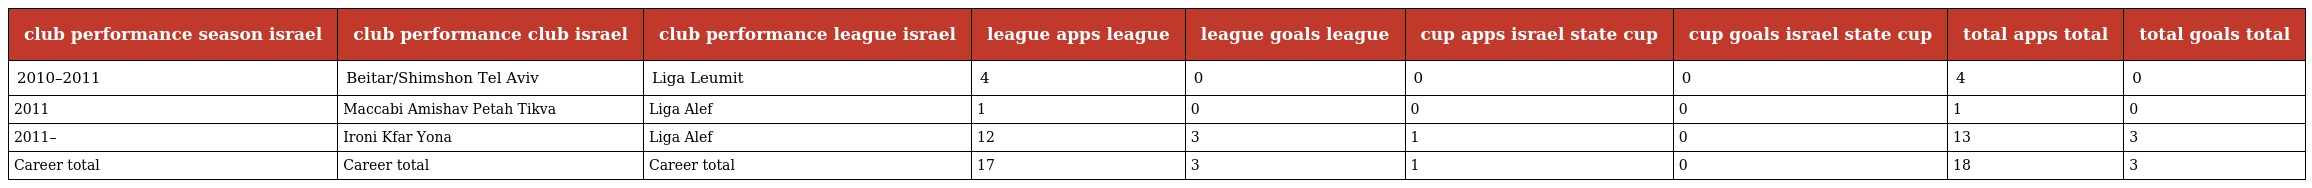
| club performance season israel | club performance club israel | club performance league israel | league apps league | league goals league | cup apps israel state cup | cup goals israel state cup | total apps total | total goals total |
 | --- | --- | --- | --- | --- | --- | --- | --- | --- |
 | 2010–2011 | Beitar/Shimshon Tel Aviv | Liga Leumit | 4 | 0 | 0 | 0 | 4 | 0 |
 | 2011 | Maccabi Amishav Petah Tikva | Liga Alef | 1 | 0 | 0 | 0 | 1 | 0 |
 | 2011– | Ironi Kfar Yona | Liga Alef | 12 | 3 | 1 | 0 | 13 | 3 |
 | Career total | Career total | Career total | 17 | 3 | 1 | 0 | 18 | 3 |